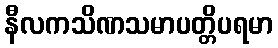
နီလကသိဏသမာပတ္တိပရမာ